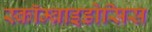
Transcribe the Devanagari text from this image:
स्कॉम्ब्राइडोसिस